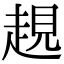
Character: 𧼊